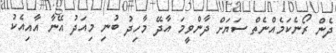
ދެން ރޯނެކަމެއްނެތް ސަޔަށް ދާންވީމަ އާދޭ މާހިދު ބުނި މިއަދު އޭނާ އާއިއެކު